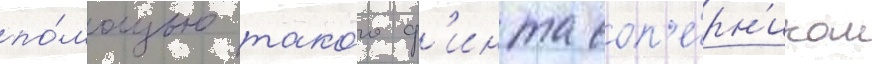
по́мощью тако́го ф'инта соп'е́рн'иком